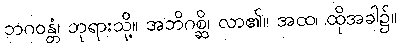
ဘဂဝန္တံ၊ ဘုရားသို့။ အဘိဂစ္ဆိ၊ လာ၏။ အထ၊ ထိုအခါ၌။